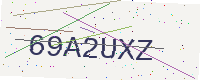
Text: 69A2UXZ